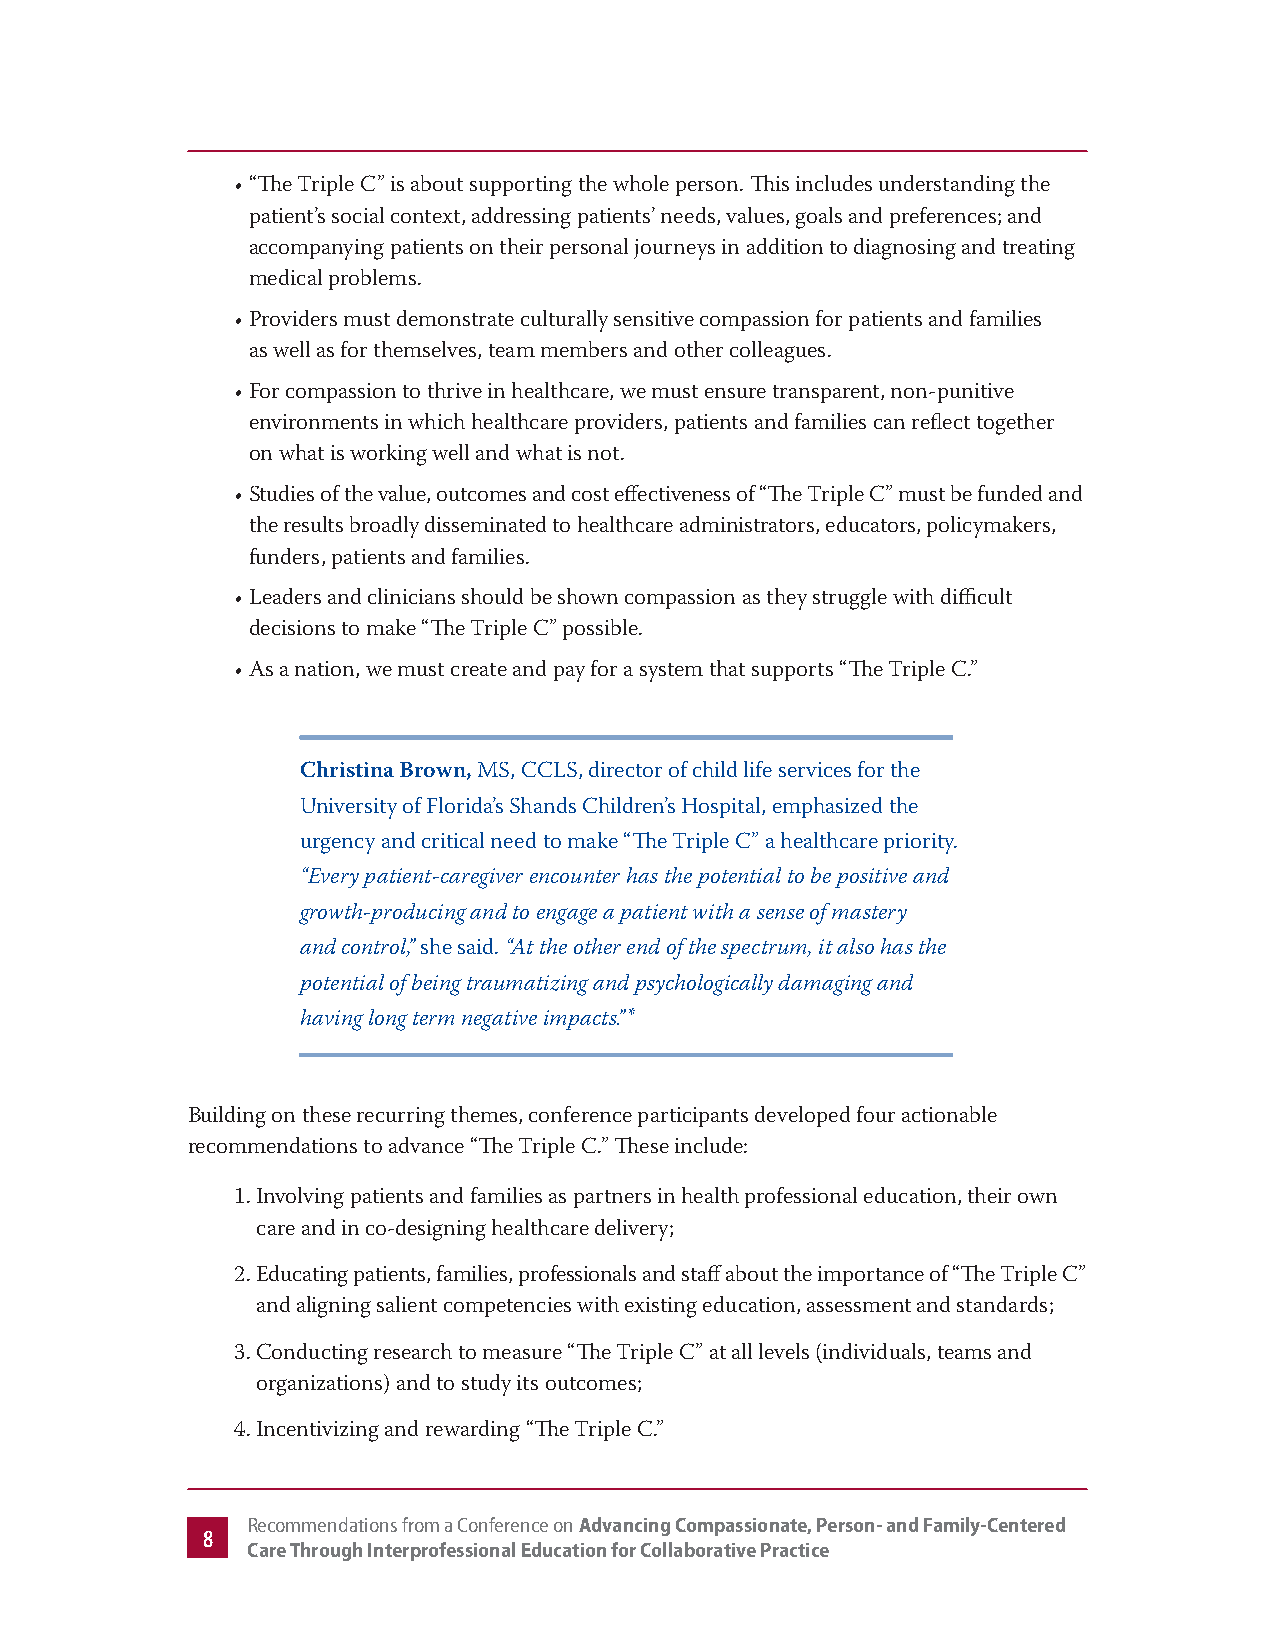
• “The Triple C” is about supporting the whole person. This includes understanding the
 patient’s social context, addressing patients’ needs, values, goals and preferences; and
 accompanying patients on their personal journeys in addition to diagnosing and treating
 medical problems.
 • Providers must demonstrate culturally sensitive compassion for patients and families
 as well as for themselves, team members and other colleagues.
 • For compassion to thrive in healthcare, we must ensure transparent, non-punitive
 environments in which healthcare providers, patients and families can reflect together
 on what is working well and what is not.
 • Studies of the value, outcomes and cost effectiveness of “The Triple C” must be funded and
 the results broadly disseminated to healthcare administrators, educators, policymakers,
 funders, patients and families.
 • Leaders and clinicians should be shown compassion as they struggle with difficult
 decisions to make “The Triple C” possible.
 • As a nation, we must create and pay for a system that supports “The Triple C.”
 Christina Brown, MS, CCLS, director of child life services for the
 University of Florida’s Shands Children’s Hospital, emphasized the
 urgency and critical need to make “The Triple C” a healthcare priority.
 “Every patient-caregiver encounter has the potential to be positive and
 growth-producing and to engage a patient with a sense of mastery
 and control,” she said. “At the other end of the spectrum, it also has the
 potential of being traumatizing and psychologically damaging and
 having long term negative impacts.”*
 Building on these recurring themes, conference participants developed four actionable
 recommendations to advance “The Triple C.” These include:
 1. Involving patients and families as partners in health professional education, their own
 care and in co-designing healthcare delivery;
 2. Educating patients, families, professionals and staff about the importance of “The Triple C”
 and aligning salient competencies with existing education, assessment and standards;
 3. Conducting research to measure “The Triple C” at all levels (individuals, teams and
 organizations) and to study its outcomes;
 4. Incentivizing and rewarding “The Triple C.”
 Recommendations from a Conference on Advancing Compassionate, Person- and Family-Centered
 8
 Care Through Interprofessional Education for Collaborative Practice